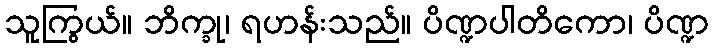
သူကြွယ်။ ဘိက္ခု၊ ရဟန်းသည်။ ပိဏ္ဍပါတိကော၊ ပိဏ္ဍ